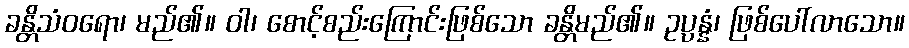
ခန္တိသံဝရော၊ မည်၏။ ဝါ၊ စောင့်စည်းကြောင်းဖြစ်သော ခန္တိမည်၏။ ဥပ္ပန္နံ၊ ဖြစ်ပေါ်လာသော။